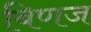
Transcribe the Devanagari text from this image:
बिणज